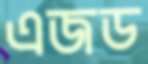
এজড